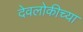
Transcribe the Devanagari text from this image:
देवलोकीच्या